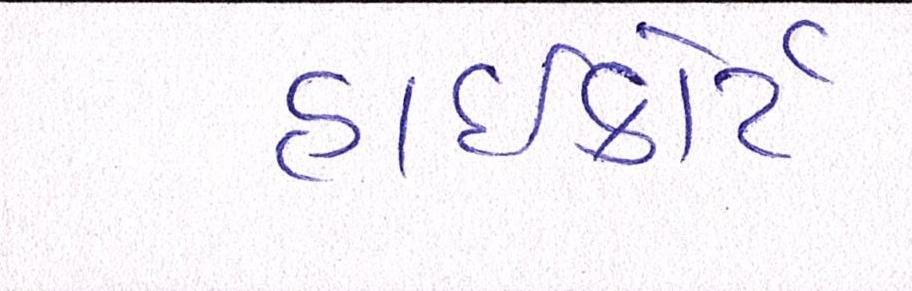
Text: હાઈકોર્ટ